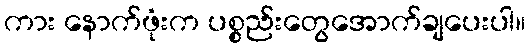
ကား နောက်ဖုံးက ပစ္စည်းတွေအောက်ချပေးပါ။